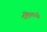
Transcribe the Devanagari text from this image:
पछिमानी